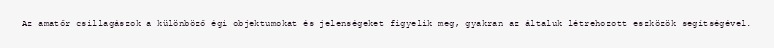
Az amatőr csillagászok a különböző égi objektumokat és jelenségeket figyelik meg, gyakran az általuk létrehozott eszközök segítségével.